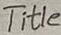
Text: Title